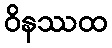
ဝိနဿထ